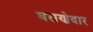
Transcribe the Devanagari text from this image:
घराणेदार